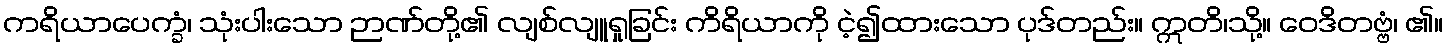
ကရိယာပေက္ခံ၊ သုံးပါးသော ဉာဏ်တို့၏ လျစ်လျူရှုခြင်း ကိရိယာကို ငဲ့၍ထားသော ပုဒ်တည်း။ ဣတိ၊သို့။ ဝေဒိတဗ္ဗံ၊ ၏။